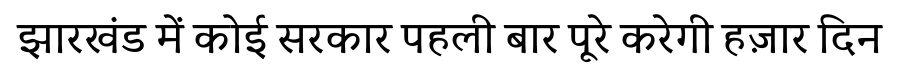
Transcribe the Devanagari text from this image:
झारखंड में कोई सरकार पहली बार पूरे करेगी हज़ार दिन